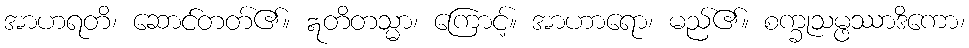
အာဟရတိ၊ ဆောင်တတ်၏။ ဣတိတသ္မာ၊ ကြောင့်။ အာဟာရော၊ မည်၏။ စက္ခုသမ္ဖဿာဒိကော၊